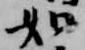
如